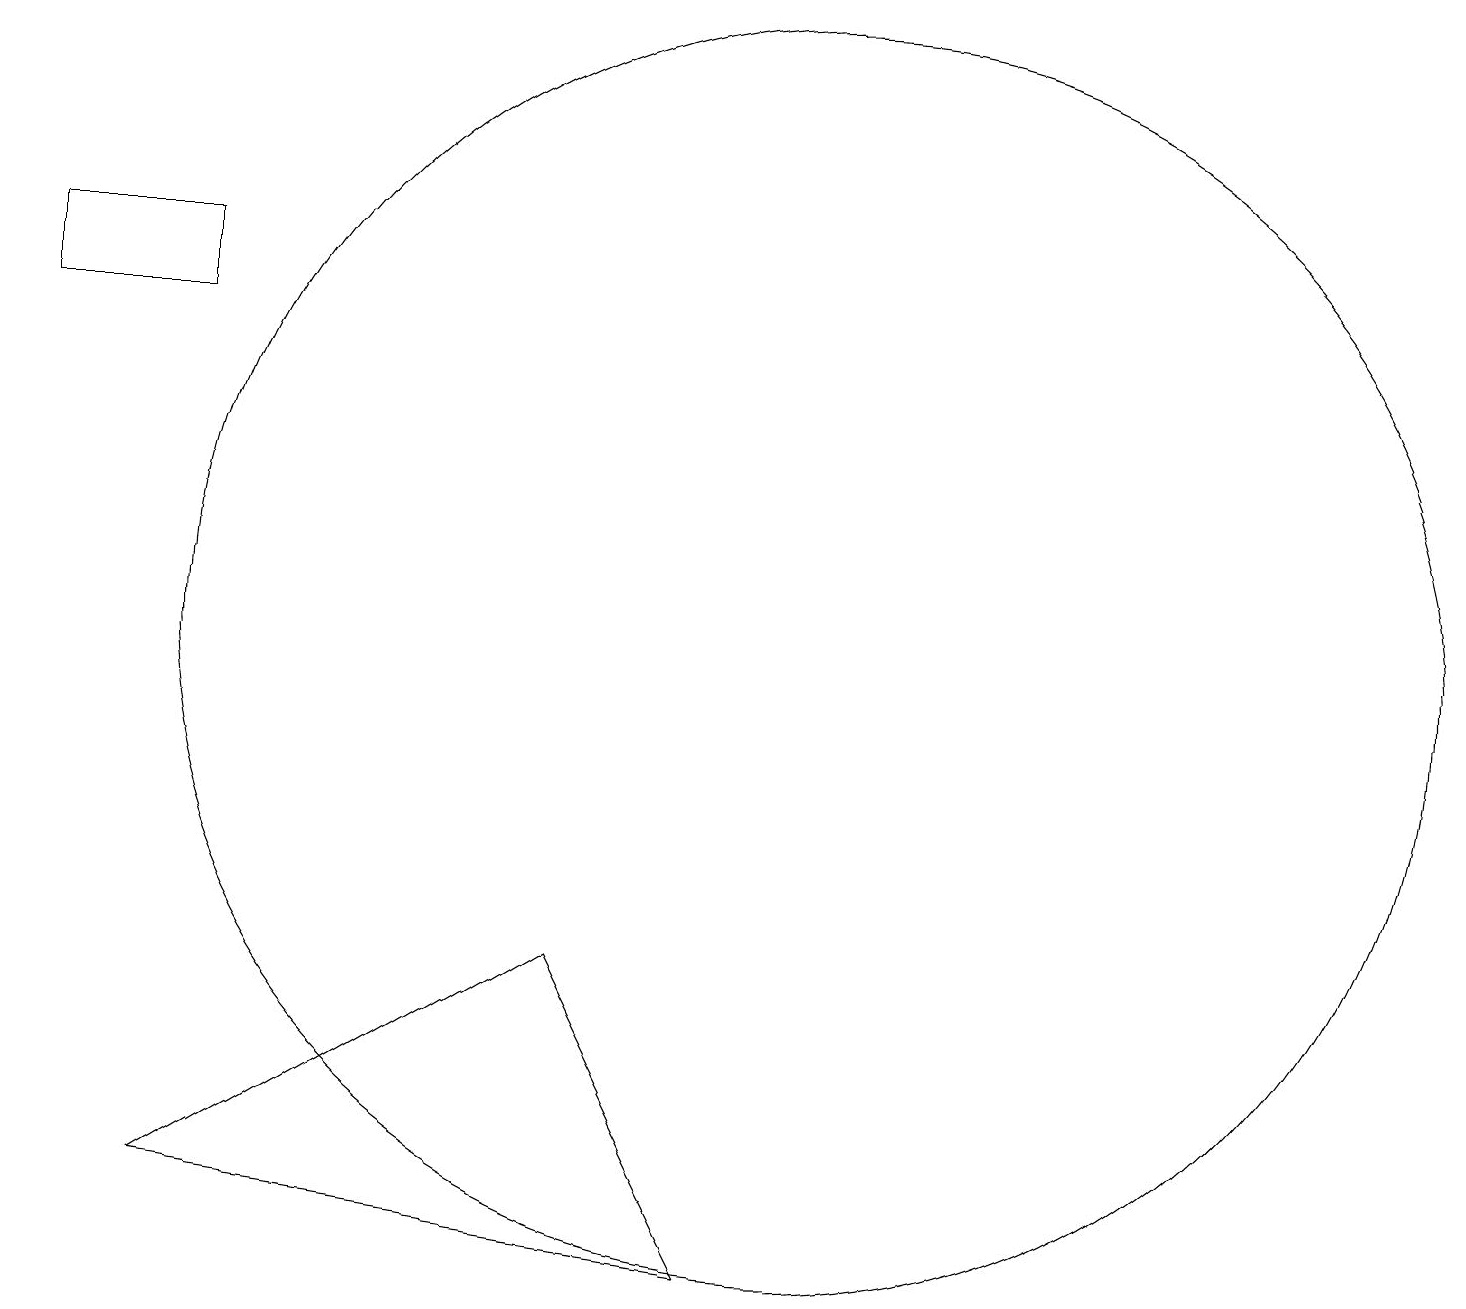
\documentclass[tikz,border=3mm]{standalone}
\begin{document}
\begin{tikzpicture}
\draw (0,14) rectangle (2,15);
\draw (10,10) circle (8);
\draw (7,6) -- (9,2) -- (2,3) -- cycle;
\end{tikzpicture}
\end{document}